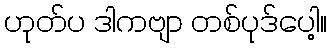
ဟုတ်ပ ဒါကဗျာ တစ်ပုဒ်ပေါ့။